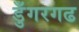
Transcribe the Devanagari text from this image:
डुँगरगढ